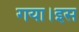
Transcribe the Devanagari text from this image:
गया।इस